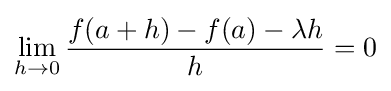
\lim _{h\to 0}{\frac {f(a+h)-f(a)-\lambda h}{h}}=0